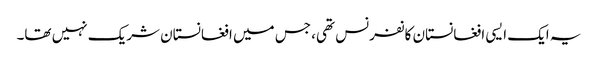
یہ ایک ایسی افغانستان کانفرنس تھی، جس میں افغانستان شریک نہیں تھا۔